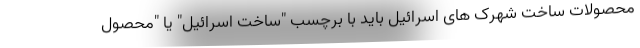
محصولات ساخت شهرک های اسرائیل باید با برچسب "ساخت اسرائیل" یا "محصول